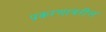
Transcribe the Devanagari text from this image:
प्रकरणावरील